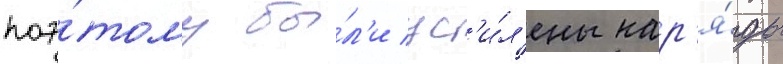
поэ́тому бы́л'и ус'и́л'ены нар'я́ды